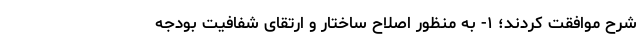
شرح موافقت کردند؛ ۱- به منظور اصلاح ساختار و ارتقای شفافیت بودجه